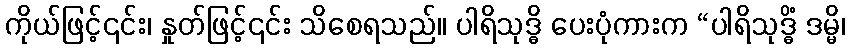
ကိုယ်ဖြင့်၎င်း၊ နှုတ်ဖြင့်၎င်း သိစေရသည်။ ပါရိသုဒ္ဓိ ပေးပုံကားက “ပါရိသုဒ္ဓိံ ဒမ္မိ၊